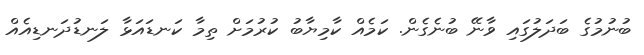
ބުނުމުގެ ބަދަލުގައި ވާނޭ ބުނެގެން. ކަމެއް ކާމިޔާބު ކުރުމަށް ތިމާ ކަނޑައަޅާ ލަނޑުދަނޑިއެއް